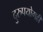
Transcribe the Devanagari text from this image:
दुरुपयोगही